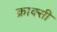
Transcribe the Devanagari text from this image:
क्राक्सी